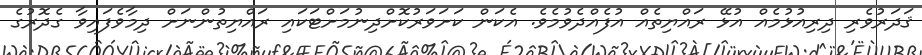
ޤަދަރުވެރި ދިރިއުޅުމެއް އުޅޭ ރައްޔިތެއް އުފެއްދެވުމެވެ. އެކަން ކަށަވަރުކޮށްދިނުމަށްޓަކައި ރައްޔިތުންނަށް ދިމާވެފައިވާ ގެދޮރުގެ